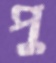
পু